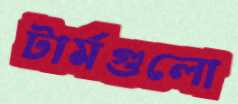
টার্মগুলো